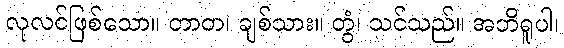
လုလင်ဖြစ်သော။ တာတ၊ ချစ်သား။ တွံ၊ သင်သည်။ အဘိရူပါ၊